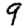
Digit: 9